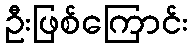
ဦးဖြစ်ကြောင်း